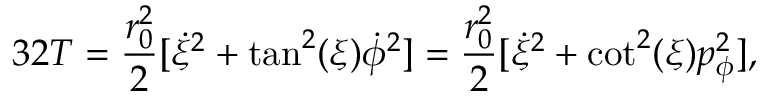
3 2 T = { \frac { r _ { 0 } ^ { 2 } } { 2 } } [ \dot { \xi } ^ { 2 } + \tan ^ { 2 } ( \xi ) \dot { \phi } ^ { 2 } ] = { \frac { r _ { 0 } ^ { 2 } } { 2 } } [ \dot { \xi } ^ { 2 } + \cot ^ { 2 } ( \xi ) p _ { \phi } ^ { 2 } ] ,